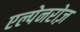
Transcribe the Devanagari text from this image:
एल्पेनरोज़